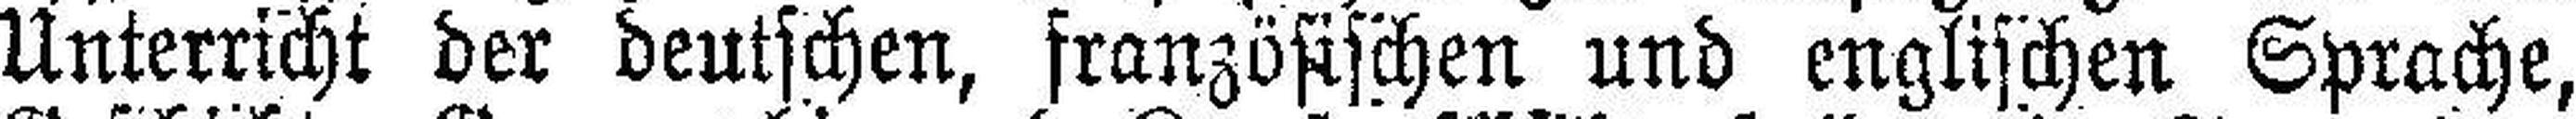
Unterricht der deutschen, französischen und englischen Sprache,